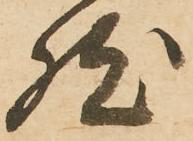
然